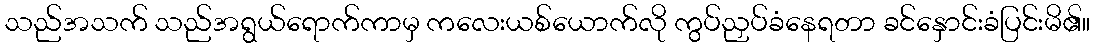
သည်အသက် သည်အရွယ်ရောက်ကာမှ ကလေးယစ်ယောက်လို ကွပ်ညှပ်ခံနေရတာ ခင်နှောင်းခံပြင်းမိ၏။